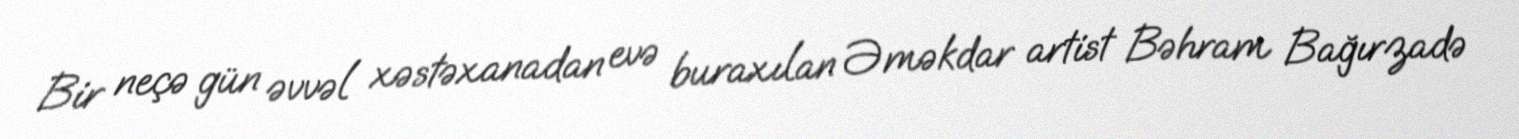
Bir neçə gün əvvəl xəstəxanadan evə buraxılan Əməkdar artist Bəhram Bağırzadə